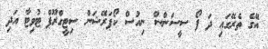
އޭގެ ތެރޭގައި ދަ ފޯ ސީސަންސް ނިއުސް ކޯޕަރޭޝަން ސިޓީގްރޫޕް ޓުވިޓާ އަދި